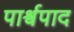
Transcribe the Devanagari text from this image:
पार्श्वपाद